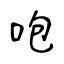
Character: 咆